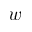
w